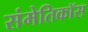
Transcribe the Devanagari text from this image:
संमेतिकॉस